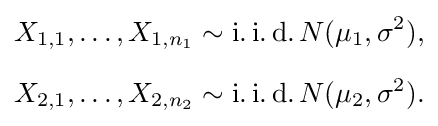
{\begin{aligned}X_{1,1},\ldots ,X_{1,n_{1}}&\sim \operatorname {i.i.d.} N(\mu _{1},\sigma ^{2}),\\[6pt]X_{2,1},\ldots ,X_{2,n_{2}}&\sim \operatorname {i.i.d.} N(\mu _{2},\sigma ^{2}).\end{aligned}}